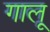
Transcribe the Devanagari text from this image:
गालू